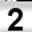
Digit: 2